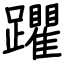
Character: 躣